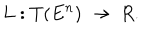
L : T ( E ^ { n } ) ~ \rightarrow ~ R .